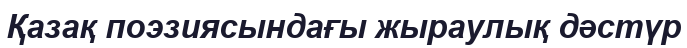
Қазақ поэзиясындағы жыраулық дәстүр